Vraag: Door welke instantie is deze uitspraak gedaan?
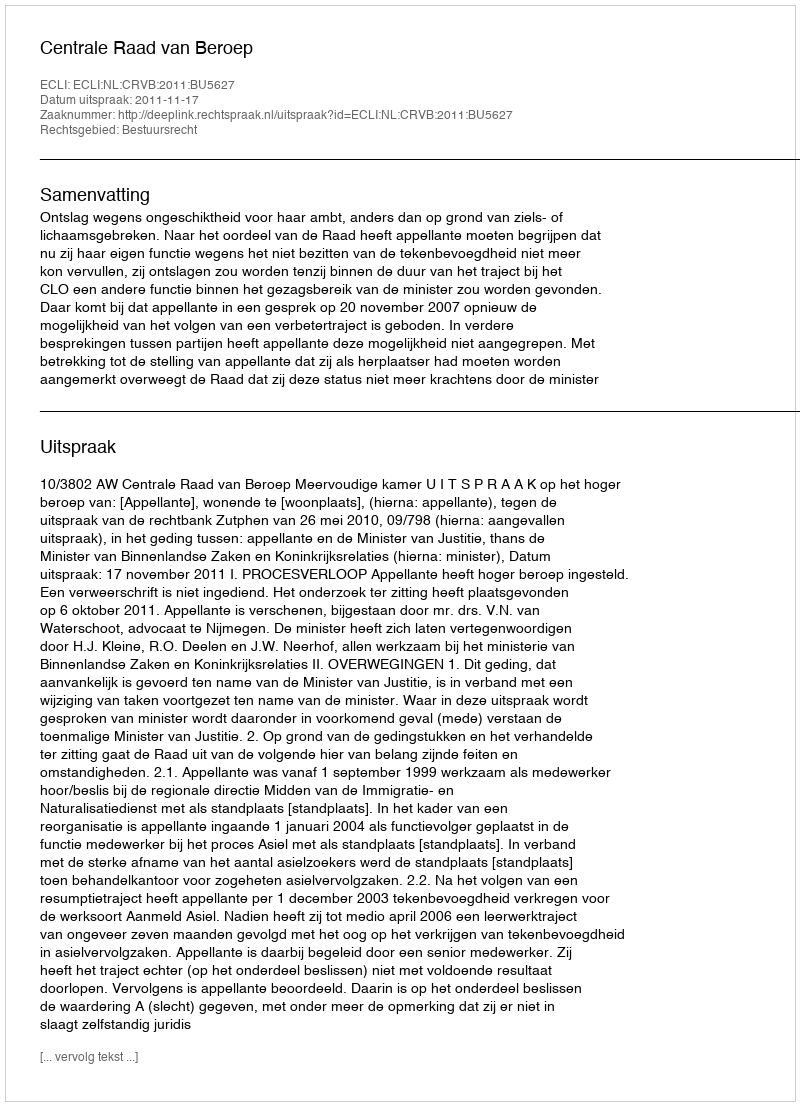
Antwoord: Centrale Raad van Beroep